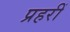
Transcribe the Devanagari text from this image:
प्रहरीं